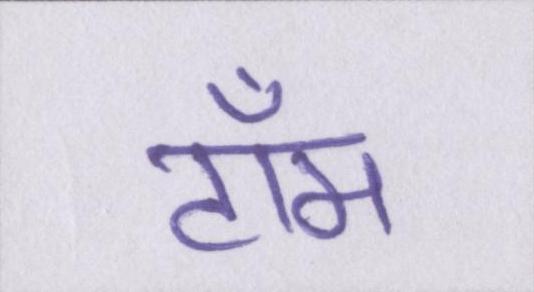
टॉम